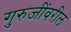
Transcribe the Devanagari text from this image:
गुरुजींवरील